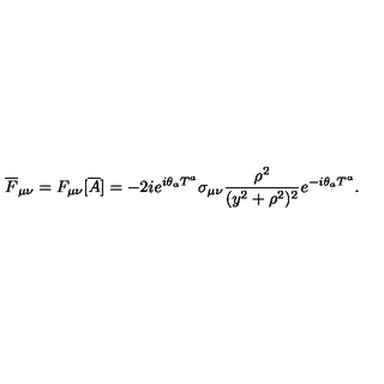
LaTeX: { \overline { F } } _ { \mu \nu } = F _ { \mu \nu } [ { \overline { A } } ] = - 2 i e ^ { i \theta _ { a } T ^ { a } } \sigma _ { \mu \nu } \frac { \rho ^ { 2 } } { ( y ^ { 2 } + \rho ^ { 2 } ) ^ { 2 } } e ^ { - i \theta _ { a } T ^ { a } } .